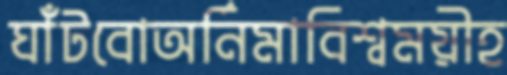
ঘাঁটবোঅর্নিমাবিশ্বময়ীহ